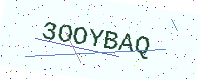
Text: 3OOYBAQ